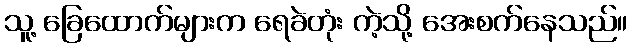
သူ့ ခြေထောက်များက ရေခဲတုံး ကဲ့သို့ အေးစက်နေသည်။